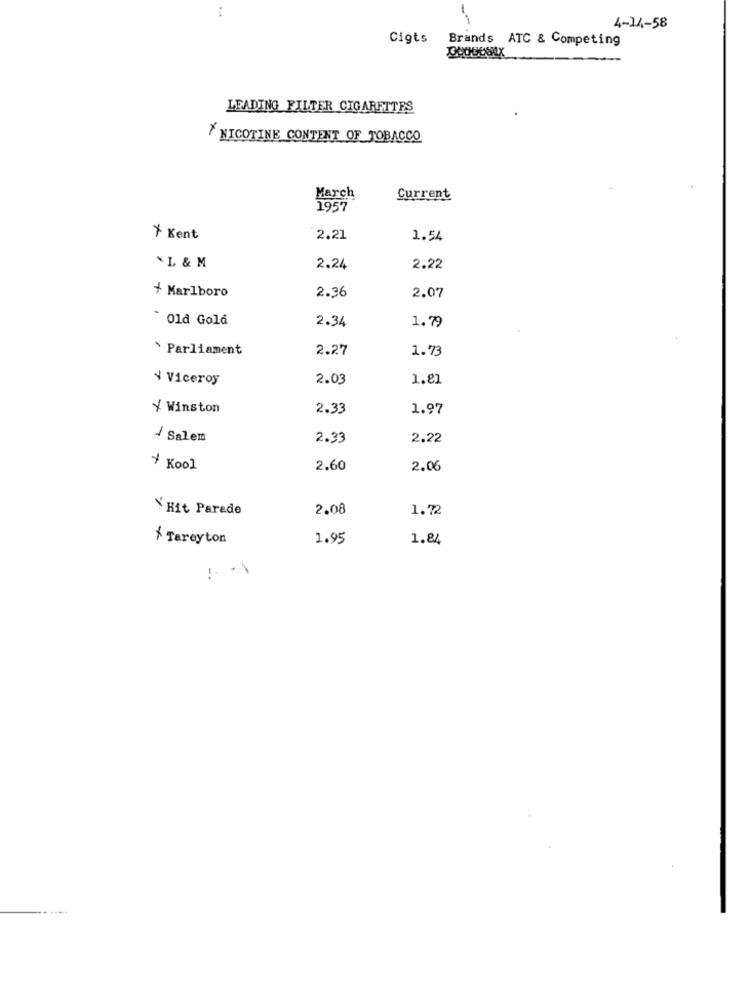
4-14-58
Cigts
Brands ATC & Competing
LEADING FILTER CIGARETTES
NICOTINE CONTENT OF TOBACCO
March
Current
1957
* Kent
2.21
1.54
*L & M
2.24
2.22
/ Marlboro
2.36
2.07
Old Gold
2.34
1.79
* Parliament
2.27
1.73
¥ Viceroy
2.03
1.81
Y Winston
2.33
1.97
/ Salem
2.33
2.22
+ Kool
2.60
2.06
Y Hit Parade
2.08
1.72
* Tareyton
1.95
1.84
-.